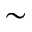
\sim